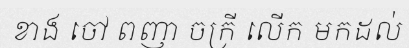
ខាង ចៅ ពញា ចក្រី លើក មកដល់